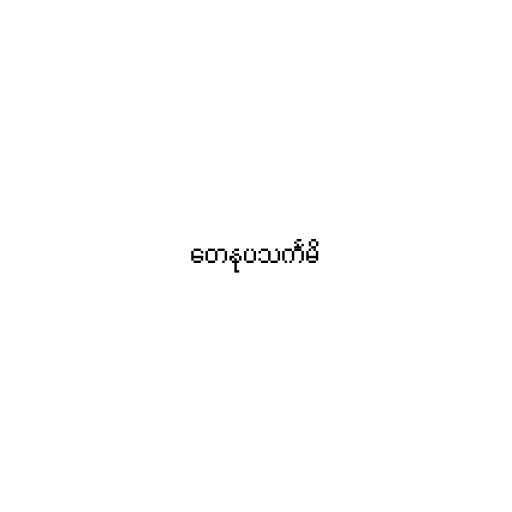
တေနုပသင်္ကမိ